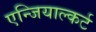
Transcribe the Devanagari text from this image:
एन्जियाल्कर्ट